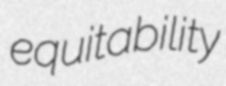
equitability